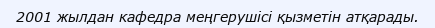
2001 жылдан кафедра меңгерушісі қызметін атқарады.